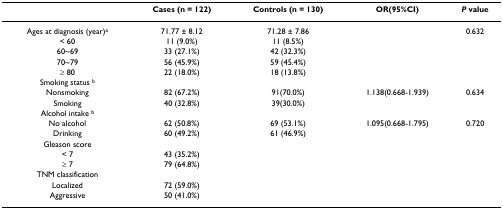
|  | Cases (n = 122) | Controls (n = 130) | OR(95%CI) | P value |
 | --- | --- | --- | --- | --- |
 | Ages at diagnosis (year)a | 71.77 ± 8.12 | 71.28 ± 7.86 |  | 0.632 |
 | < 60 | 11 (9.0%) | 11 (8.5%) |  |  |
 | 60~69 | 33 (27.1%) | 42 (32.3%) |  |  |
 | 70~79 | 56 (45.9%) | 59 (45.4%) |  |  |
 | ≥ 80 | 22 (18.0%) | 18 (13.8%) |  |  |
 | Smoking status b |  |  |  |  |
 | Nonsmoking | 82 (67.2%) | 91(70.0%) | 1.138(0.668-1.939) | 0.634 |
 | Smoking | 40 (32.8%) | 39(30.0%) |  |  |
 | Alcohol intake b |  |  |  |  |
 | No alcohol | 62 (50.8%) | 69 (53.1%) | 1.095(0.668-1.795) | 0.720 |
 | Drinking | 60 (49.2%) | 61 (46.9%) |  |  |
 | Gleason score |  |  |  |  |
 | < 7 | 43 (35.2%) |  |  |  |
 | ≥ 7 | 79 (64.8%) |  |  |  |
 | TNM classification |  |  |  |  |
 | Localized | 72 (59.0%) |  |  |  |
 | Aggressive | 50 (41.0%) |  |  |  |